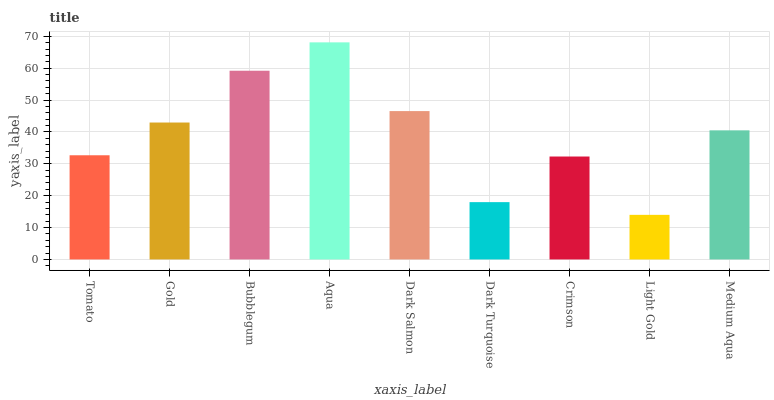
| xaxis_label | bars |
 | --- | --- |
 | Tomato | 32.7 |
 | Gold | 43 |
 | Bubblegum | 59.2 |
 | Aqua | 68.1 |
 | Dark Salmon | 46.6 |
 | Dark Turquoise | 18 |
 | Crimson | 32.3 |
 | Light Gold | 14 |
 | Medium Aqua | 40.5 |